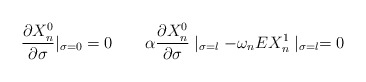
\begin{align*}\frac{\partial X_{n}^{0}}{\partial\sigma}|_{\sigma=0}=0 \quad \quad \alpha\frac{\partial X_{n}^{0}}{\partial\sigma}\mid_{\sigma=l}-\omega_{n}EX_{n}^{1}\mid_{\sigma=l}=0\end{align*}